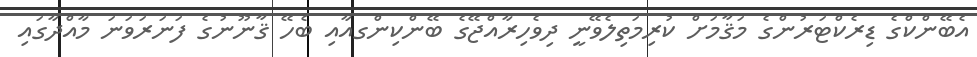
އެބޭންކްގެ ޑިރެކްޓަރުންގެ މަޤާމަށް ކުރިމަތިލެވޭނީ ދިވެހިރާއްޖޭގެ ބޭންކިންގއާއި ބެހޭ ޤާނޫނުގެ ފަނަރަވަނަ މާއްދާގައި